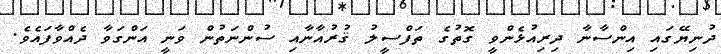
ދުނިޔޭގައި އިންސާނާ ދިރިއުޅެންވީ ގޮތުގެ ތަފްސީލު ޤުރުއާނާއި ސުންނަތުން ވަނީ އަންގަވާ ދެއްވާފައެވެ.